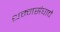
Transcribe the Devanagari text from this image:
धम्मसंघाचे